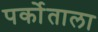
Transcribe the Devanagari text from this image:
पर्कोताला